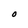
Character: O